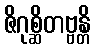
ဇိဂုစ္ဆိတဗ္ဗန္တိ